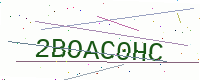
Text: 2BOAC0HC